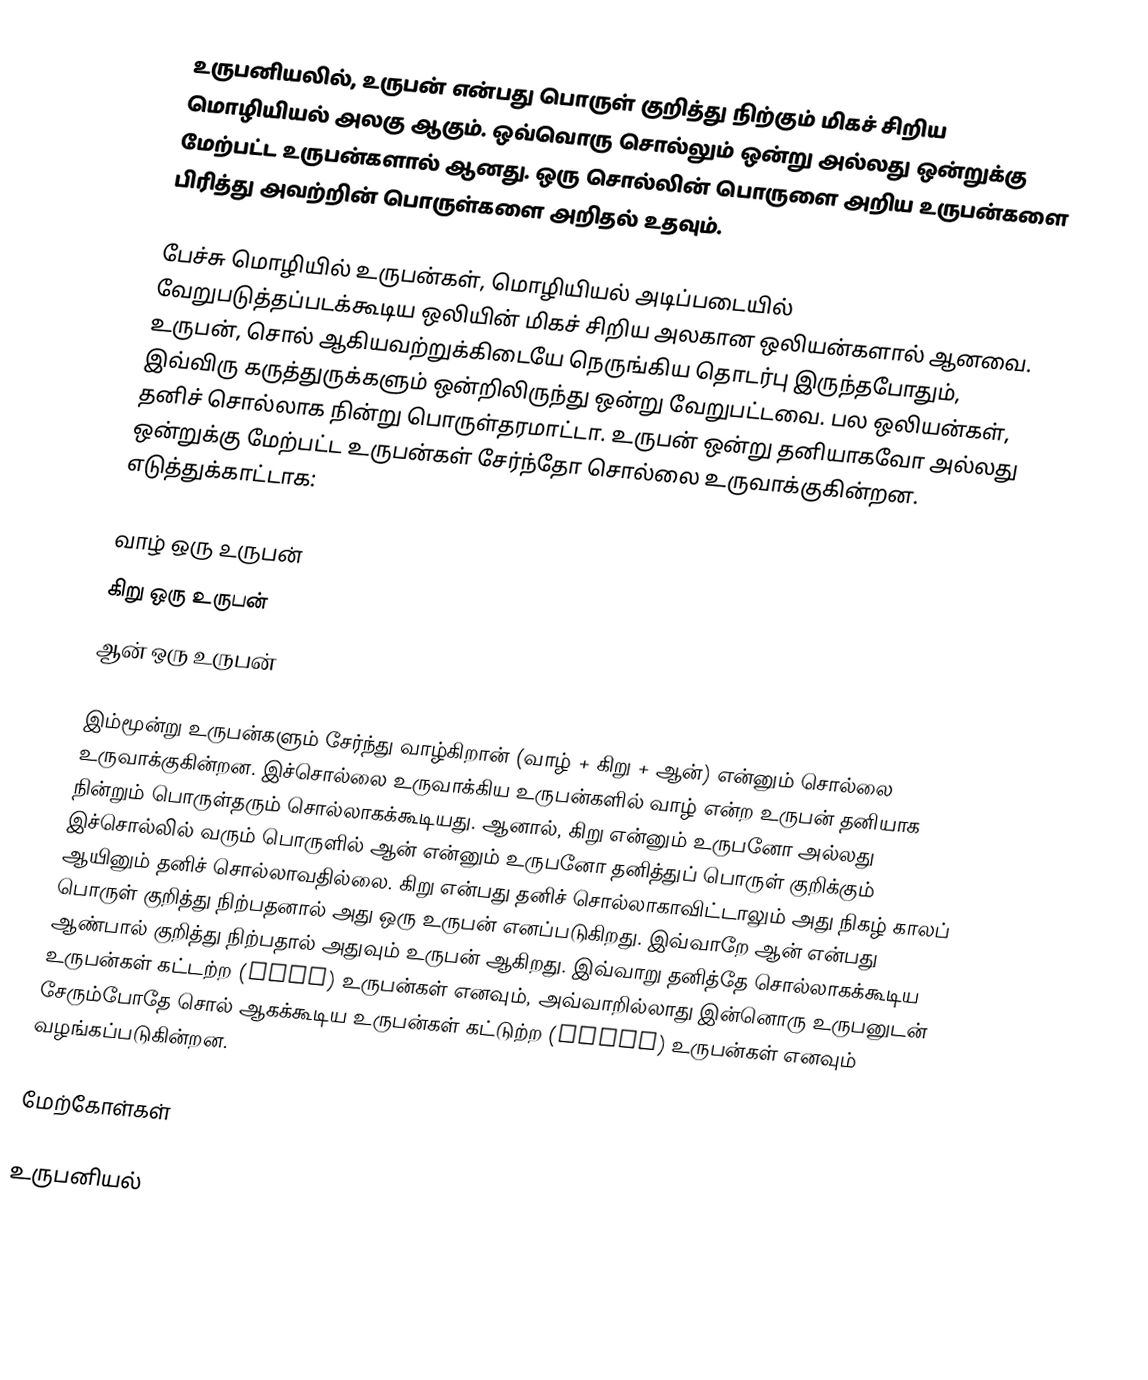
உருபனியலில், உருபன் என்பது பொருள் குறித்து நிற்கும் மிகச் சிறிய மொழியியல் அலகு ஆகும்.  ஒவ்வொரு சொல்லும் ஒன்று அல்லது ஒன்றுக்கு மேற்பட்ட உருபன்களால் ஆனது.  ஒரு சொல்லின் பொருளை அறிய உருபன்களை பிரித்து அவற்றின் பொருள்களை அறிதல் உதவும்.

பேச்சு மொழியில் உருபன்கள், மொழியியல் அடிப்படையில் வேறுபடுத்தப்படக்கூடிய ஒலியின் மிகச் சிறிய அலகான ஒலியன்களால் ஆனவை. உருபன், சொல் ஆகியவற்றுக்கிடையே நெருங்கிய தொடர்பு இருந்தபோதும், இவ்விரு கருத்துருக்களும் ஒன்றிலிருந்து ஒன்று வேறுபட்டவை. பல ஒலியன்கள், தனிச் சொல்லாக நின்று பொருள்தரமாட்டா. உருபன் ஒன்று தனியாகவோ அல்லது ஒன்றுக்கு மேற்பட்ட உருபன்கள் சேர்ந்தோ சொல்லை உருவாக்குகின்றன. எடுத்துக்காட்டாக:

 வாழ் ஒரு உருபன்
 கிறு ஒரு உருபன்
 ஆன் ஒரு உருபன்

இம்மூன்று உருபன்களும் சேர்ந்து வாழ்கிறான் (வாழ் + கிறு + ஆன்) என்னும் சொல்லை உருவாக்குகின்றன. இச்சொல்லை உருவாக்கிய உருபன்களில் வாழ் என்ற உருபன் தனியாக நின்றும் பொருள்தரும் சொல்லாகக்கூடியது. ஆனால், கிறு என்னும் உருபனோ அல்லது இச்சொல்லில் வரும் பொருளில் ஆன் என்னும் உருபனோ தனித்துப் பொருள் குறிக்கும் ஆயினும் தனிச் சொல்லாவதில்லை. கிறு என்பது தனிச் சொல்லாகாவிட்டாலும் அது நிகழ் காலப் பொருள் குறித்து நிற்பதனால் அது ஒரு உருபன் எனப்படுகிறது. இவ்வாறே ஆன் என்பது ஆண்பால் குறித்து நிற்பதால் அதுவும் உருபன் ஆகிறது. இவ்வாறு தனித்தே சொல்லாகக்கூடிய உருபன்கள் கட்டற்ற (free) உருபன்கள் எனவும், அவ்வாறில்லாது இன்னொரு உருபனுடன் சேரும்போதே சொல் ஆகக்கூடிய உருபன்கள் கட்டுற்ற (bound) உருபன்கள் எனவும் வழங்கப்படுகின்றன.

மேற்கோள்கள்

உருபனியல்